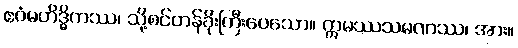
ဧဝံမဟိဒ္ဓိကဿ၊ သို့စင်တန်ခိုးကြီးပေသော။ ဣမဿသမဏဿ၊ အား။